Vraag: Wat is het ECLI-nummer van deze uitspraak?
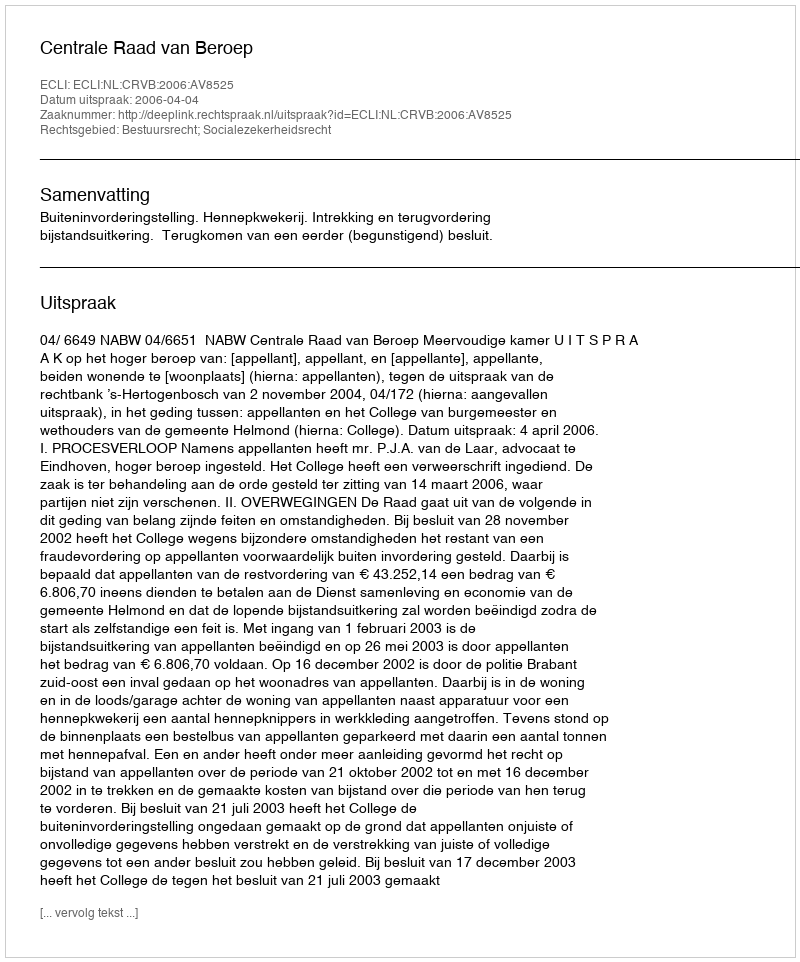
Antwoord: ECLI:NL:CRVB:2006:AV8525